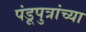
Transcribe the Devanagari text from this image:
पंडूपुत्रांच्या